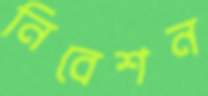
নিবেশন